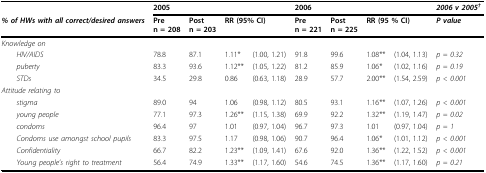
|  | <COLSPAN=4> 2005 | <COLSPAN=4> 2006 | 2006 v 2005† |
 | % of HWs with all correct/desired answers | Pren = 208 | Postn = 203 | <COLSPAN=2> RR (95% CI) | Pren = 221 | Postn = 225 | <COLSPAN=2> RR (95 % CI) | P value |
 | --- | --- | --- | --- | --- | --- | --- | --- | --- | --- |
 | Knowledge on |  |  |  |  |  |  |  |  |  |
 | HIV/AIDS | 78.8 | 87.1 | 1.11* | (1.00, 1.21) | 91.8 | 99.6 | 1.08** | (1.04, 1.13) | p = 0.32 |
 | puberty | 83.3 | 93.6 | 1.12** | (1.05, 1.22) | 81.2 | 85.9 | 1.06* | (1.02, 1.16) | p = 0.19 |
 | STDs | 34.5 | 29.8 | 0.86 | (0.63, 1.18) | 28.9 | 57.7 | 2.00** | (1.54, 2.59) | p < 0.001 |
 | Attitude relating to |  |  |  |  |  |  |  |  |  |
 | stigma | 89.0 | 94 | 1.06 | (0.98, 1.12) | 80.5 | 93.1 | 1.16** | (1.07, 1.26) | p < 0.001 |
 | young people | 77.1 | 97.3 | 1.26** | (1.15, 1.38) | 69.9 | 92.2 | 1.32** | (1.19, 1.47) | p = 0.02 |
 | condoms | 96.4 | 97 | 1.01 | (0.97, 1.04) | 96.7 | 97.3 | 1.01 | (0.97, 1.04) | p = 1 |
 | Condoms use amongst school pupils | 83.3 | 97.5 | 1.17 | (0.98, 1.06) | 90.7 | 96.4 | 1.06* | (1.01, 1.12) | p < 0.001 |
 | Confidentiality | 66.7 | 82.2 | 1.23** | (1.09, 1.41) | 67.6 | 92.0 | 1.36** | (1.22, 1.52) | p < 0.001 |
 | Young people's right to treatment | 56.4 | 74.9 | 1.33** | (1.17, 1.60) | 54.6 | 74.5 | 1.36** | (1.17, 1.60) | p = 0.21 |